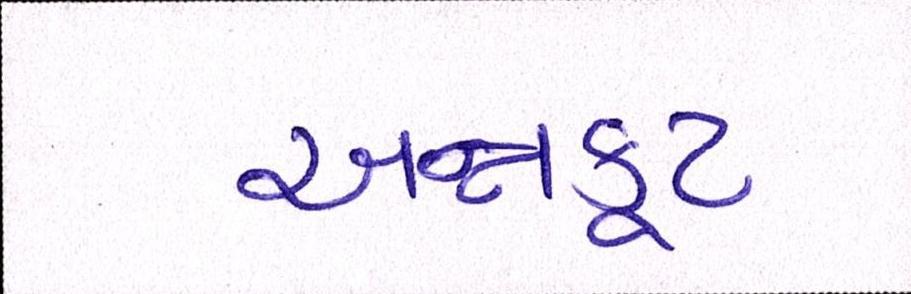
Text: અન્નકૂટ